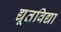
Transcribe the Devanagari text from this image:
द्यूतविद्या